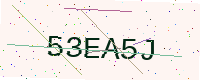
Text: 53EA5J